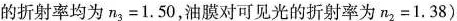
的折射率均为n3=1.50，油膜对可见光的折射率为n2=1.38)